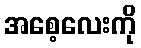
အစေ့လေးကို